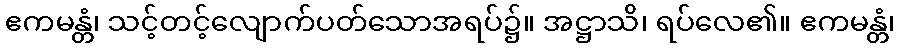
ဧကမန္တံ၊ သင့်တင့်လျောက်ပတ်သောအရပ်၌။ အဋ္ဌာသိ၊ ရပ်လေ၏။ ဧကမန္တံ၊